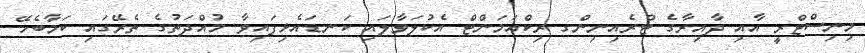
މިނިސްޓްރީ އާއި ދާއިރާގެ ޓްރެއިނިންގ ރިކްއަމަންޓް އެކުލަވާލައި ކަނޑައެޅިފައިވާ މުއްދަތުގެ ތެރޭގައި ކަމާބެހޭ